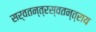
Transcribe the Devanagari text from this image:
सर्वतन्त्रस्वतन्त्राय